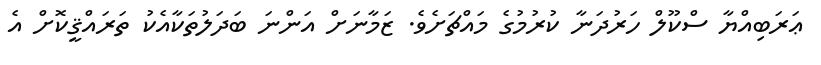
ޢަރަބިއްޔާ ސްކޫލް ހަރުދަނާ ކުރުމުގެ މައްޗަށެވެ. ޒަމާނަށް އަންނަ ބަދަލުތަކާއެކު ތަރައްޤީކޮށް އެ